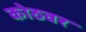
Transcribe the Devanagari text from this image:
कोठवर